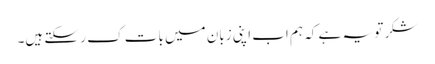
شکر تو یہ ہے کہ ہم اب اپنی زبان میں بات ک ر سکتے ہیں۔